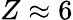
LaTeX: Z\approx 6